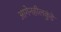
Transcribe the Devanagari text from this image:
आगेनहीलकुंडे